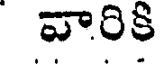
వారికి